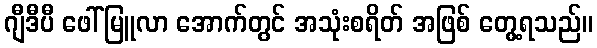
ဂျီဒီပီ ဖေါ်မြူလာ အောက်တွင် အသုံးစရိတ် အဖြစ် တွေ့ရသည်။